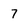
Character: 7